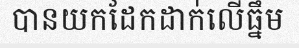
បានយកដែកដាក់លើធ្នឹម